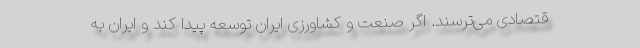
قتصادی می‌ترسند. اگر صنعت و کشاورزی ایران توسعه پیدا کند و ایران به